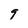
Character: 9